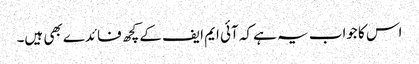
اس کا جواب یہ ہے کہ آئی ایم ایف کے کچھ فائدے بھی ہیں۔